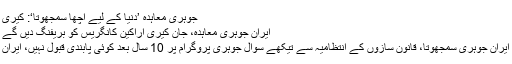
جوہری معاہدہ ’دنیا کے لیے اچھا سمجھوتا‘: کیری
ایران جوہری معاہدہ، جان کیری اراکین کانگریس کو بریفنگ دیں گے
ایران جوہری سمجھوتا، قانون سازوں کے انتظامیہ سے تیکھے سوال جوہری پروگرام پر 10 سال بعد کوئی پابندی قبول نہیں، ایران